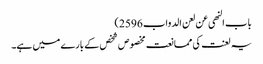
باب النھی عن لعن الدواب 2596)
یہ لعنت کی ممانعت مخصوص شخص کے بارے میں ہے۔